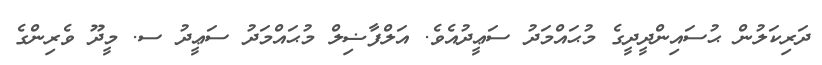
ދަރިކަލުން ޙުސައިންދީދީގެ މުޙައްމަދު ސަޢީދުއެވެ. އަލްފާޟިލް މުޙައްމަދު ސަޢީދު ސ. މީދޫ ވެރިންގެ